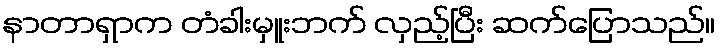
နာတာရှာက တံခါးမှူးဘက် လှည့်ပြီး ဆက်ပြောသည်။